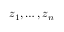
z _ { 1 } , \ldots , z _ { n }